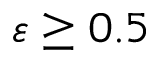
\varepsilon \geq 0 . 5